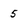
Character: 5